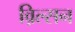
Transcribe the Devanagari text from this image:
व़िल्सन